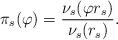
LaTeX: \begin{align*} \pi_s(\varphi)=\frac{\nu_{s}(\varphi r_{s})}{\nu_{s}(r_{s})}. \end{align*}